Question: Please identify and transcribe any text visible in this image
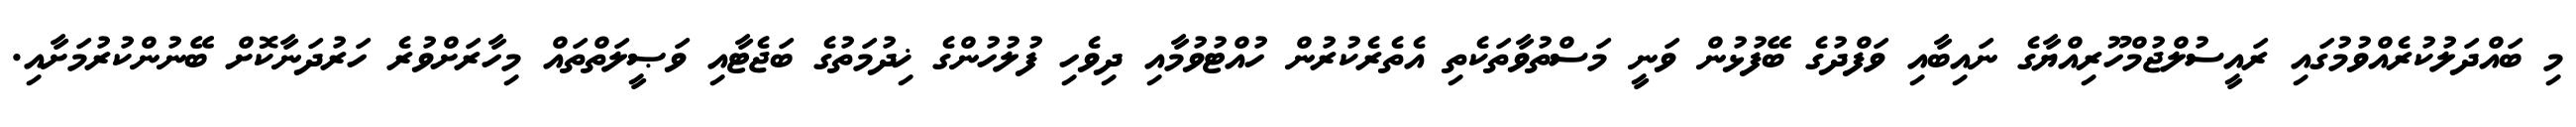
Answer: މި ބައްދަލުކުރެއްވުމުގައި ރައީސުލްޖުމްހޫރިއްޔާގެ ނައިބާއި ވަފްދުގެ ބޭފުޅުން ވަނީ މަސްތުވާތަކެތި އެތެރެކުރުން ހުއްޓުވުމާއި ދިވެހި ފުލުހުންގެ ޚިދުމަތުގެ ބަޖެޓާއި ވަޞީލަތްތައް މިހާރަށްވުރެ ހަރުދަނާކޮށް ބޭނުންކުރުމަށާއި.